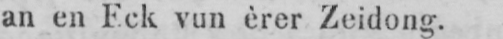
an en Eck vun èrer Zeidong.